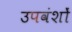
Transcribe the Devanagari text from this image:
उपवंशों